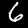
Label: 6